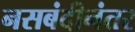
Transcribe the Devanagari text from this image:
नसबंदीनंतर